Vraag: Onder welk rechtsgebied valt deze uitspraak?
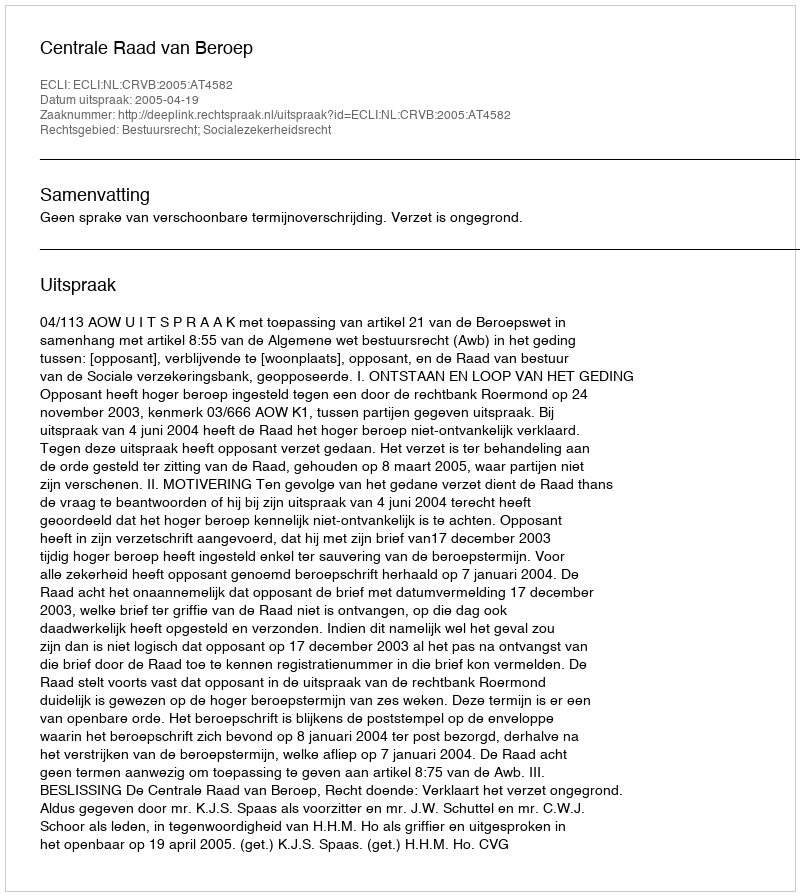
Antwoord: Bestuursrecht; Socialezekerheidsrecht